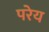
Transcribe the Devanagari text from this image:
परेय